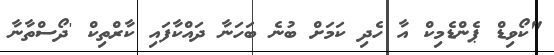
"ކޯވިޑް ޕެންޑެމިކް އާ ހެދި ކަމަށް ބުނެ ބަހަނާ ދައްކާފައި ކާރްތިކް 'ދޯސްތާނާ